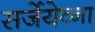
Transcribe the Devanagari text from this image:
सर्जेयेव्ना